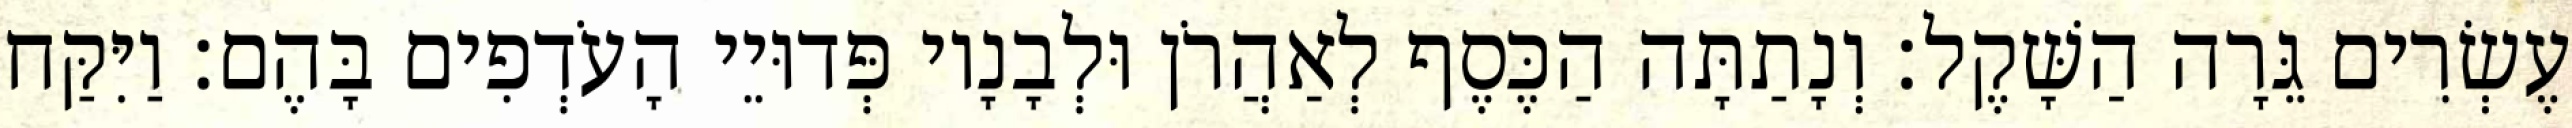
עֶשְׂרִים גֵּרָה הַשָּׁקֶל׃ וְנָתַתָּה הַכֶּסֶף לְאַהֲרֹן וּלְבָנָיו פְּדוּיֵי הָעֹדְפִים בָּהֶם׃ וַיִּקַּח